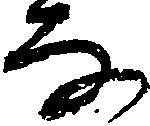
な